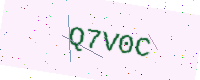
Text: Q7V0C